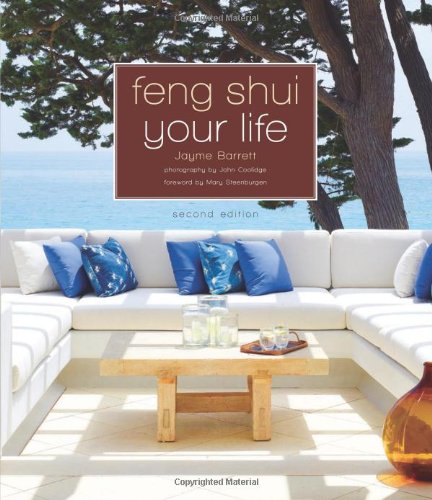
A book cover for Feng Shui Your Life: Second Edition; Jayme Barrett; Religion & Spirituality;